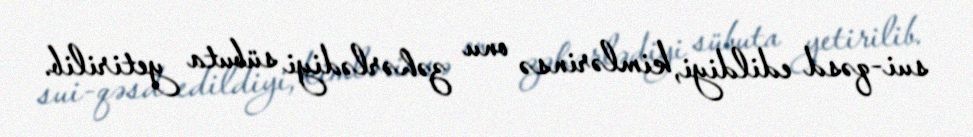
sui-qəsd edildiyi, kimlərinsə onu zəhərlədiyi sübuta yetirilib.